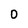
Character: D